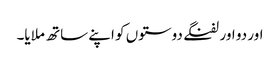
اور دو اور لفنگے دوستوں کو اپنے ساتھ ملایا۔